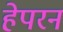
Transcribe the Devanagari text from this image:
हेपरन